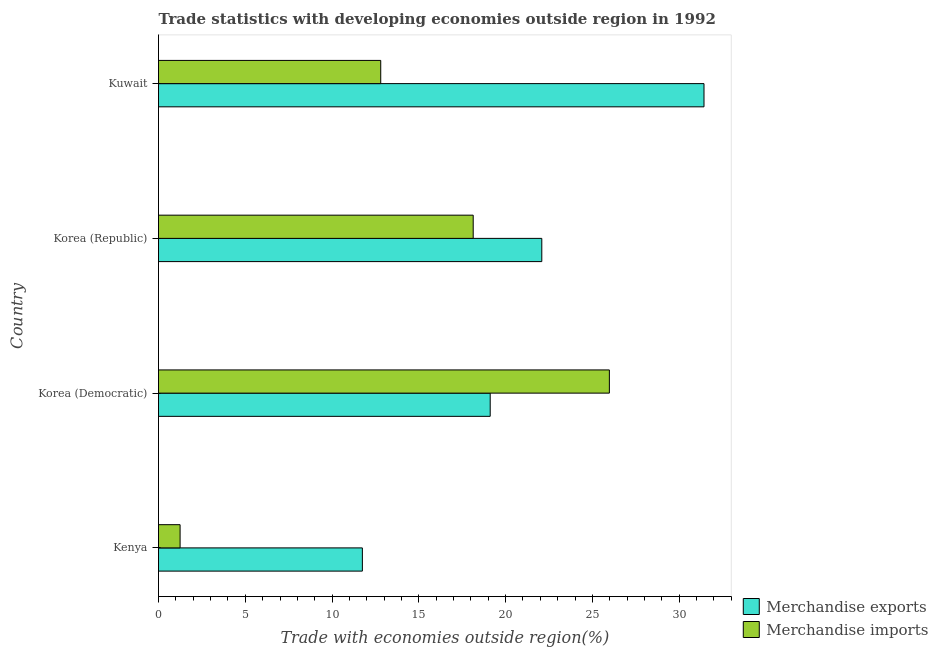
| Country | Merchandise exports | Merchandise imports |
 | --- | --- | --- |
 | Kenya | 11.7 | 1.24 |
 | Korea (Democratic) | 19.1 | 26 |
 | Korea (Republic) | 22.1 | 18.1 |
 | Kuwait | 31.4 | 12.8 |